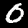
Digit: 0